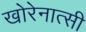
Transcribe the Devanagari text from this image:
खोरेनात्सी